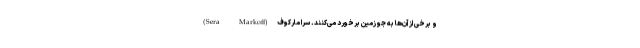
و برخی از آن‌ها به جو زمین برخورد می‌کنند. سرا مارکوف(Sera Markoff)